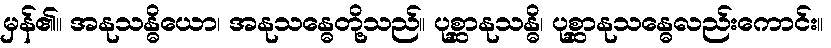
မှန်၏။ အနုသန္ဓိယော၊ အနုသန္ဓေတို့သည်။ ပုစ္ဆာနုသန္ဓိ၊ ပုစ္ဆာနုသန္ဓေလည်းကောင်း။